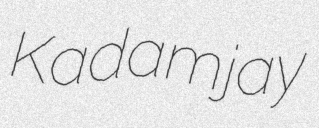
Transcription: Kadamjay